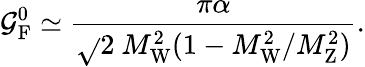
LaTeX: \mathcal{G}_{\mathrm{{{F}}}}^{0}\simeq{\frac{{\pi\alpha}}{{{\sqrt{}{{2}}}~M_{\mathrm{{{W}}}}^{2}(1-M_{\mathrm{{{W}}}}^{2}/M_{\mathrm{{{Z}}}}^{2})}}}.